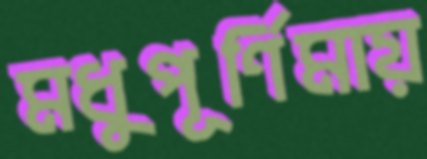
মধুপূর্ণিমায়